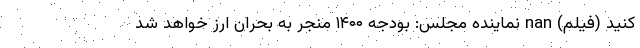
کنید (فیلم) nan نماینده مجلس: بودجه ۱۴۰۰ منجر به بحران ارز خواهد شد